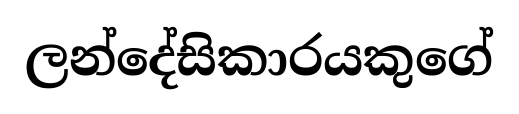
ලන්දේසිකාරයකුගේ